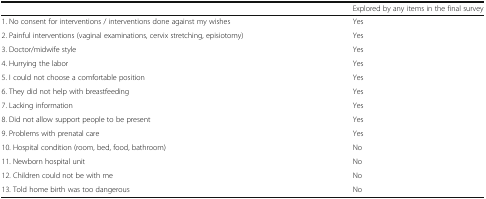
<table><thead><tr><td></td><td><b>Explored by any items in the final survey</b></td></tr></thead><tbody><tr><td>1. No consent for interventions / interventions done against my wishes</td><td>Yes</td></tr><tr><td>2. Painful interventions (vaginal examinations, cervix stretching, episiotomy)</td><td>Yes</td></tr><tr><td>3. Doctor/midwife style</td><td>Yes</td></tr><tr><td>4. Hurrying the labor</td><td>Yes</td></tr><tr><td>5. I could not choose a comfortable position</td><td>Yes</td></tr><tr><td>6. They did not help with breastfeeding</td><td>Yes</td></tr><tr><td>7. Lacking information</td><td>Yes</td></tr><tr><td>8. Did not allow support people to be present</td><td>Yes</td></tr><tr><td>9. Problems with prenatal care</td><td>Yes</td></tr><tr><td>10. Hospital condition (room, bed, food, bathroom)</td><td>No</td></tr><tr><td>11. Newborn hospital unit</td><td>No</td></tr><tr><td>12. Children could not be with me</td><td>No</td></tr><tr><td>13. Told home birth was too dangerous</td><td>No</td></tr></tbody></table>